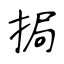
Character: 挶